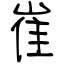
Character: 崔